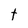
Character: t